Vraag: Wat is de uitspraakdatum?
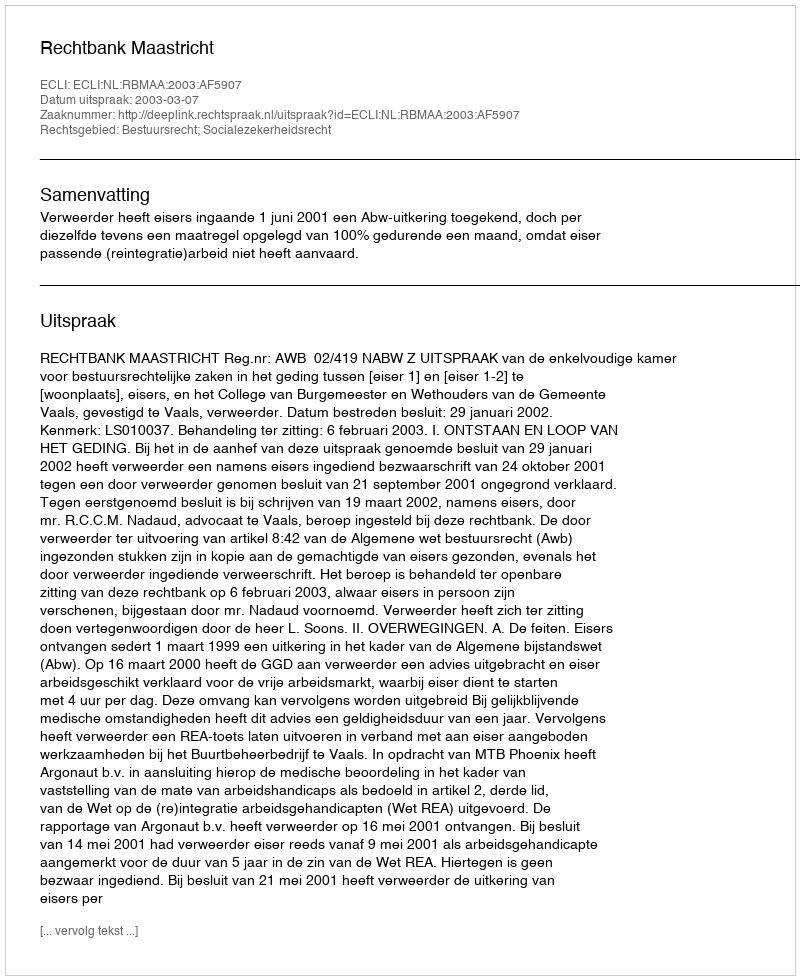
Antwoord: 2003-03-07